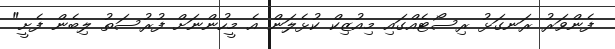
ފެންވަރު ރަނގަޅު ރިސޯޓެއްގައި މިއުޒިކް ކުޅެލަން އެ މީހުންނަށް ފުރުސަތު ލިބެން ފެށީ"